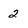
Character: 2